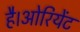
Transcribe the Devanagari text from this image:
है।ओरियेंट